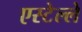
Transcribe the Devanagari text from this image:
एस्टेल्ले